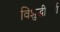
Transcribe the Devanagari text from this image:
विशुद्धीमार्ग